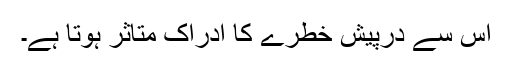
اس سے درپیش خطرے کا ادراک متاثر ہوتا ہے۔